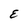
Character: E